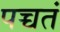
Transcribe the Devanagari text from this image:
पच्चतं